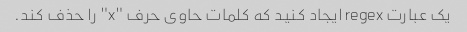
یک عبارت regex ایجاد کنید که کلمات حاوی حرف "x" را حذف کند.